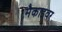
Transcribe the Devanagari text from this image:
मैकाइवर